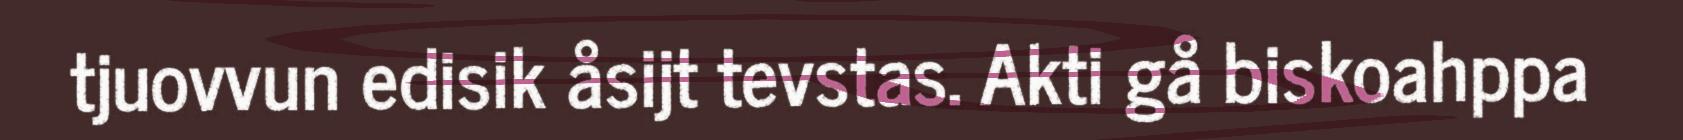
tjuovvun edisik åsijt tevstas. Akti gå biskoahppa